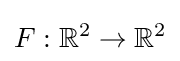
F:\mathbb {R} ^{2}\rightarrow \mathbb {R} ^{2}